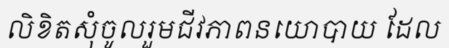
លិខិតសុំចូលរួមជីវភាពនយោបាយ ដែល